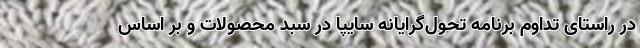
در راستای تداوم برنامه تحول‌گرایانه سایپا در سبد محصولات و بر اساس